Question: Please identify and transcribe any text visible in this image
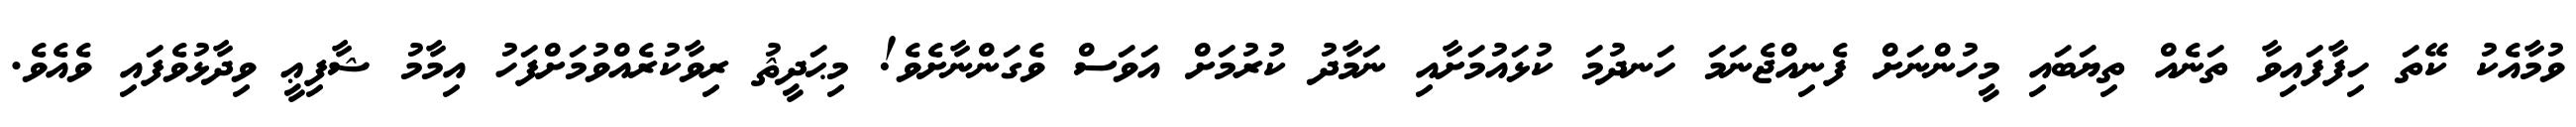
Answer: ވުމާއެކު ކޭތަ ހިފާފައިވާ ތަނެއް ތިޔަބައި މީހުންނަށް ފެނިއްޖެނަމަ ހަނދުމަ ކުޅައުމަށާއި ނަމާދު ކުރުމަށް އަވަސް ވެގަންނާށެވެ! މިޙަދީޘު ރިވާކުރެއްވުމަށްފަހު އިމާމު ޝާފިޢީ ވިދާޅުވެފައި ވެއެވެ.